Mental hospitals Bombay report 1921-28 - 1921-1928
Year: 1921
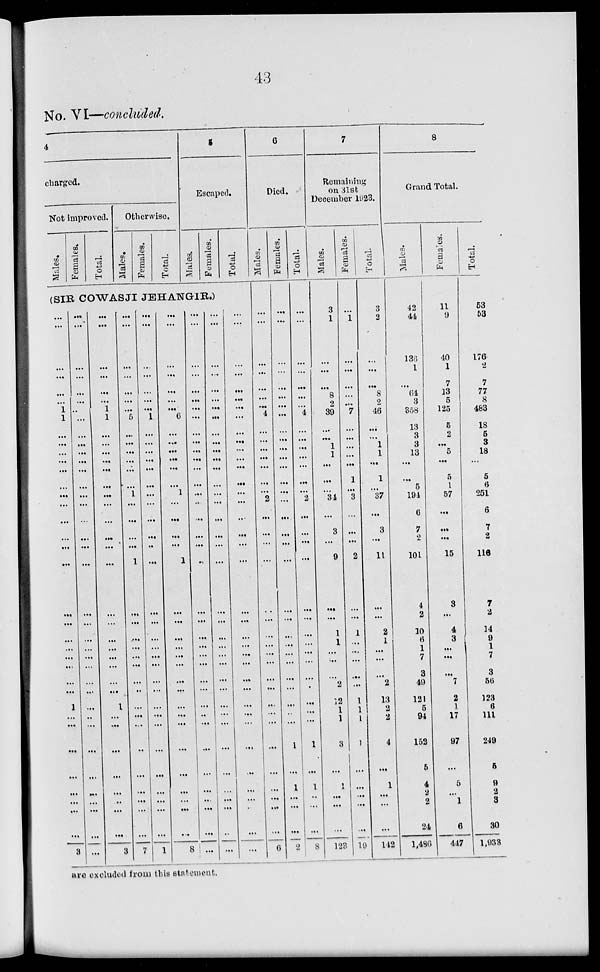
43
No. VI—concluded.
4
charged.
Not improved.
Males.
Females.
Total.
Otherwise.
Males.
Females.
Total.
5
Escaped.
Males.
Females.
Total.
(SIR COWASJI JEHANGIR.)
...
...
...
...
...
...
1
1
...
...
...
...
...
...
...
...
...
...
...
...
...
...
...
...
...
...
...
...
1
...
...
...
...
...
...
...
...
3
...
...
...
...
...
...
...
...
...
...
...
...
...
...
...
...
...
...
...
...
...
...
...
...
...
...
...
...
...
...
...
...
...
...
...
...
...
...
...
...
...
...
...
1
1
...
...
...
...
...
...
...
...
...
...
...
...
...
...
...
...
...
...
...
1
...
...
...
...
...
...
...
...
3
...
...
...
...
...
...
...
5
...
...
...
...
...
...
1
...
...
...
...
1
...
...
...
...
...
...
...
...
...
...
...
...
...
...
...
...
...
7
...
...
...
...
...
...
...
1
...
...
...
...
...
...
...
...
...
...
...
...
...
...
...
...
...
...
...
...
...
...
...
...
...
...
...
...
...
1
...
...
...
...
...
...
6
...
...
...
...
...
...
1
...
...
...
...
1
...
...
...
...
...
...
...
...
...
...
...
...
...
...
...
...
...
8
...
...
...
...
...
...
...
...
...
...
...
...
...
...
...
...
...
...
...
...
...
...
...
...
...
...
...
...
...
...
...
...
...
...
...
...
...
...
...
...
...
...
...
...
...
...
...
...
...
...
...
...
...
...
...
...
...
...
...
...
...
...
...
...
...
...
...
...
...
...
...
...
...
...
...
...
...
...
...
...
...
...
...
...
...
...
...
...
...
...
...
...
...
...
...
...
...
...
...
...
...
...
...
...
...
...
...
...
...
...
...
...
...
...
6
Died.
Males.
...
...
...
...
...
...
...
4
...
...
...
...
...
...
...
2
...
...
...
...
...
...
...
...
...
...
...
...
...
...
...
...
...
...
...
...
...
6
Females.
...
...
...
...
...
...
...
...
...
...
...
...
...
...
...
...
...
...
...
...
...
...
...
...
...
...
...
...
...
...
...
1
...
1
...
...
...
2
Total.
...
...
...
...
...
...
...
4
...
...
...
...
...
...
...
2
...
...
...
...
...
...
...
...
...
...
...
...
...
...
...
1
...
1
...
...
...
8
7
Remaining
on 31st
December 1923.
Males.
3
1
...
...
...
8
2
39
...
...
1
1
...
...
...
34
...
3
...
9
...
...
1
1
...
...
...
2
12
1
1
3
...
1
...
...
...
123
Females.
...
1
...
...
...
...
...
7
...
...
...
...
...
1
...
3
...
...
...
2
...
...
1
...
...
...
...
...
1
1
1
1
...
...
...
...
...
19
Total.
3
2
...
...
...
8
2
46
...
...
1
1
...
1
...
37
...
3
...
11
...
...
2
1
...
...
... 2
13
2
2
4
...
1
...
...
...
142
8
Grand Total.
Males.
42
44
136
1
...
64
3
358
13
3
3
13
...
...
5
194
6
7
2
101
4
2
10
6
1
7
3
49
121
5
94
152
5
4
2
2
24
1,486
Females.
11
9
40
1
7
13
5
125
5
2
...
5
...
5
1
57
...
...
...
15
3
...
4
3
...
...
... 7
2
1
17
97
...
5
...
1
6
447
Total.
53
53
176
2
7
77
8
483
18
5
3
18
...
5
6
251
6
7
2
116
7
2
14
9
1
7
3
56
123
6
111
249
5
9
2
3
30
1,933
are excluded from this statement.